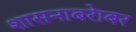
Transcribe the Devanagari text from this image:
शासनाबरेाबर